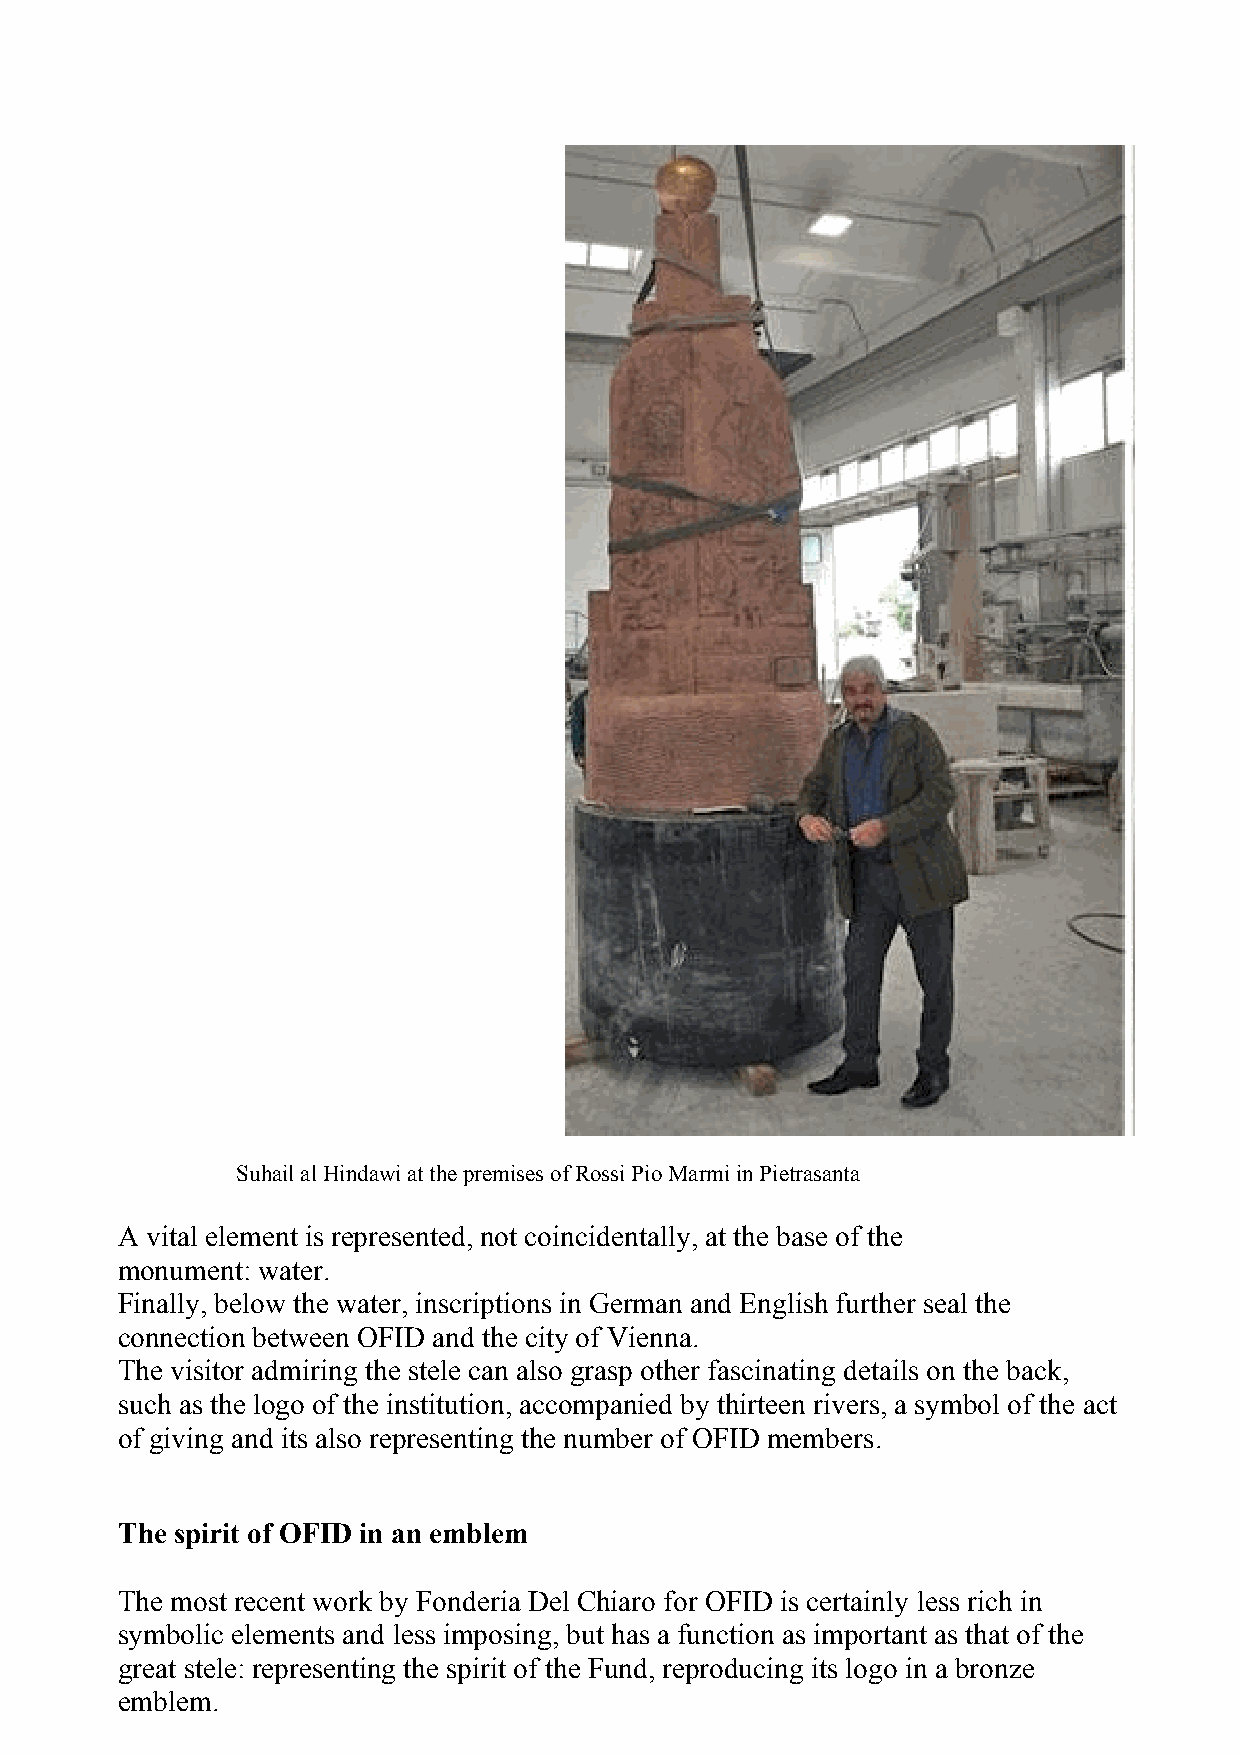
Suhail al Hindawi at the premises of Rossi Pio Marmi in Pietrasanta
 A vital element is represented, not coincidentally, at the base of the
 monument: water.
 Finally, below the water, inscriptions in German and English further seal the
 connection between OFID and the city of Vienna.
 The visitor admiring the stele can also grasp other fascinating details on the back,
 such as the logo of the institution, accompanied by thirteen rivers, a symbol of the act
 of giving and its also representing the number of OFID members.
 The spirit of OFID in an emblem
 The most recent work by Fonderia Del Chiaro for OFID is certainly less rich in
 symbolic elements and less imposing, but has a function as important as that of the
 great stele: representing the spirit of the Fund, reproducing its logo in a bronze
 emblem.